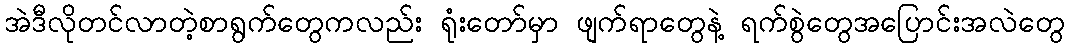
အဲဒီလိုတင်လာတဲ့စာရွက်တွေကလည်း ရုံးတော်မှာ ဖျက်ရာတွေနဲ့ ရက်စွဲတွေအပြောင်းအလဲတွေ